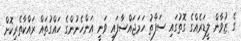
ގެ ޒުވާން ލީޑަރެއްގެ ގޮތުގައި ސަފާތު ހަމަޖައްސާފައި ވަނީ އަންހެނުންގެ ހައްގުތައް ރައްކާތެރިކޮށް